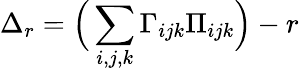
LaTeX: \Delta_{r}=\Big(\sum_{i,j,k}\Gamma_{ijk}\Pi_{ijk}\Big)-r